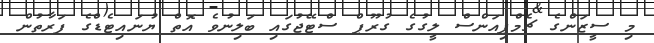
މި ސީޒަންގެ ޗެމްޕިއަންސް ލީގުގެ ގުރޫޕް ސްޓޭޖުގައި ބަލިނުވެ އޮތް ޔުނައިޓެޑްގެ ފަރާތުން